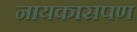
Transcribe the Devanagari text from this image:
नायकासपण